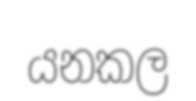
යනකල